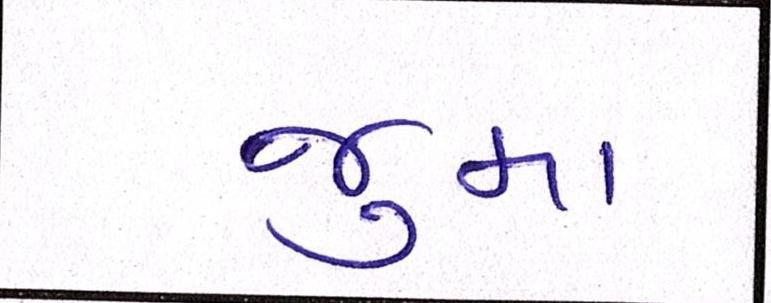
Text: જુમા